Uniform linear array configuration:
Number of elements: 24
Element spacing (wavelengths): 0.5
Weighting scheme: exponential
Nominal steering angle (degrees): -45
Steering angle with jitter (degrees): -43.743
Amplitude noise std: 0.05
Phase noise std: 0.05

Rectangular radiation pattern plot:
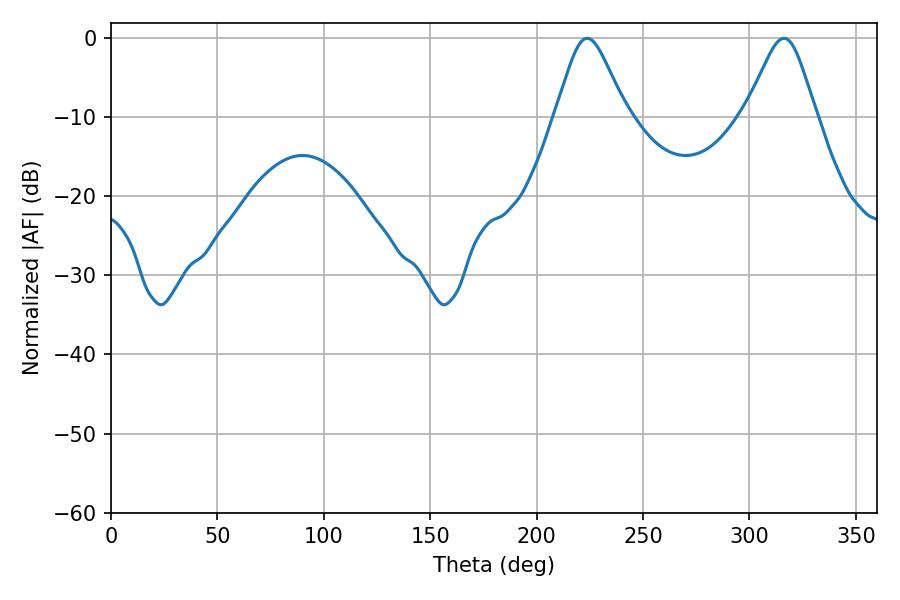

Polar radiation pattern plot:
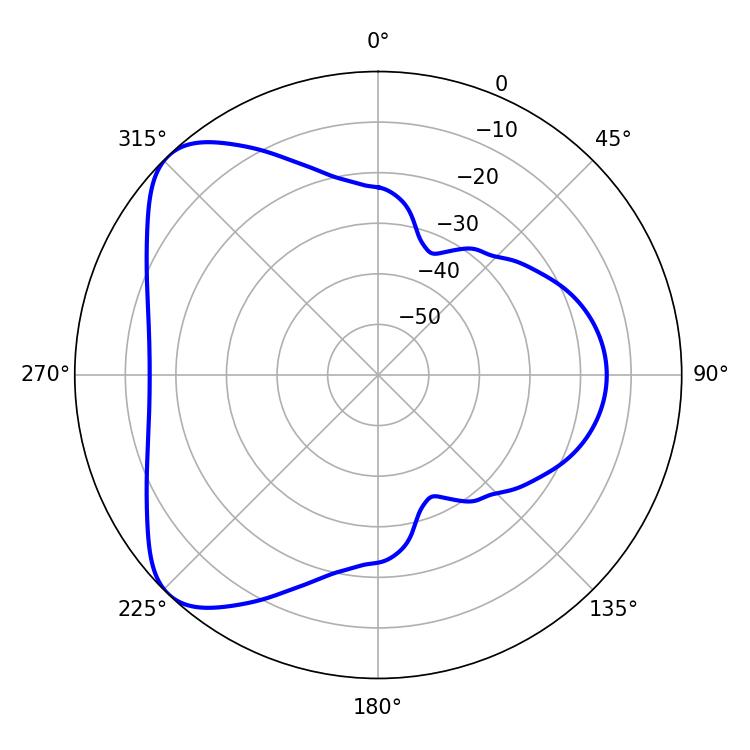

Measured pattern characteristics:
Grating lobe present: FALSE
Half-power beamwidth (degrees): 16.2
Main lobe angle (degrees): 223.74